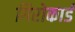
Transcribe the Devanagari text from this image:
गिरोकार्ड